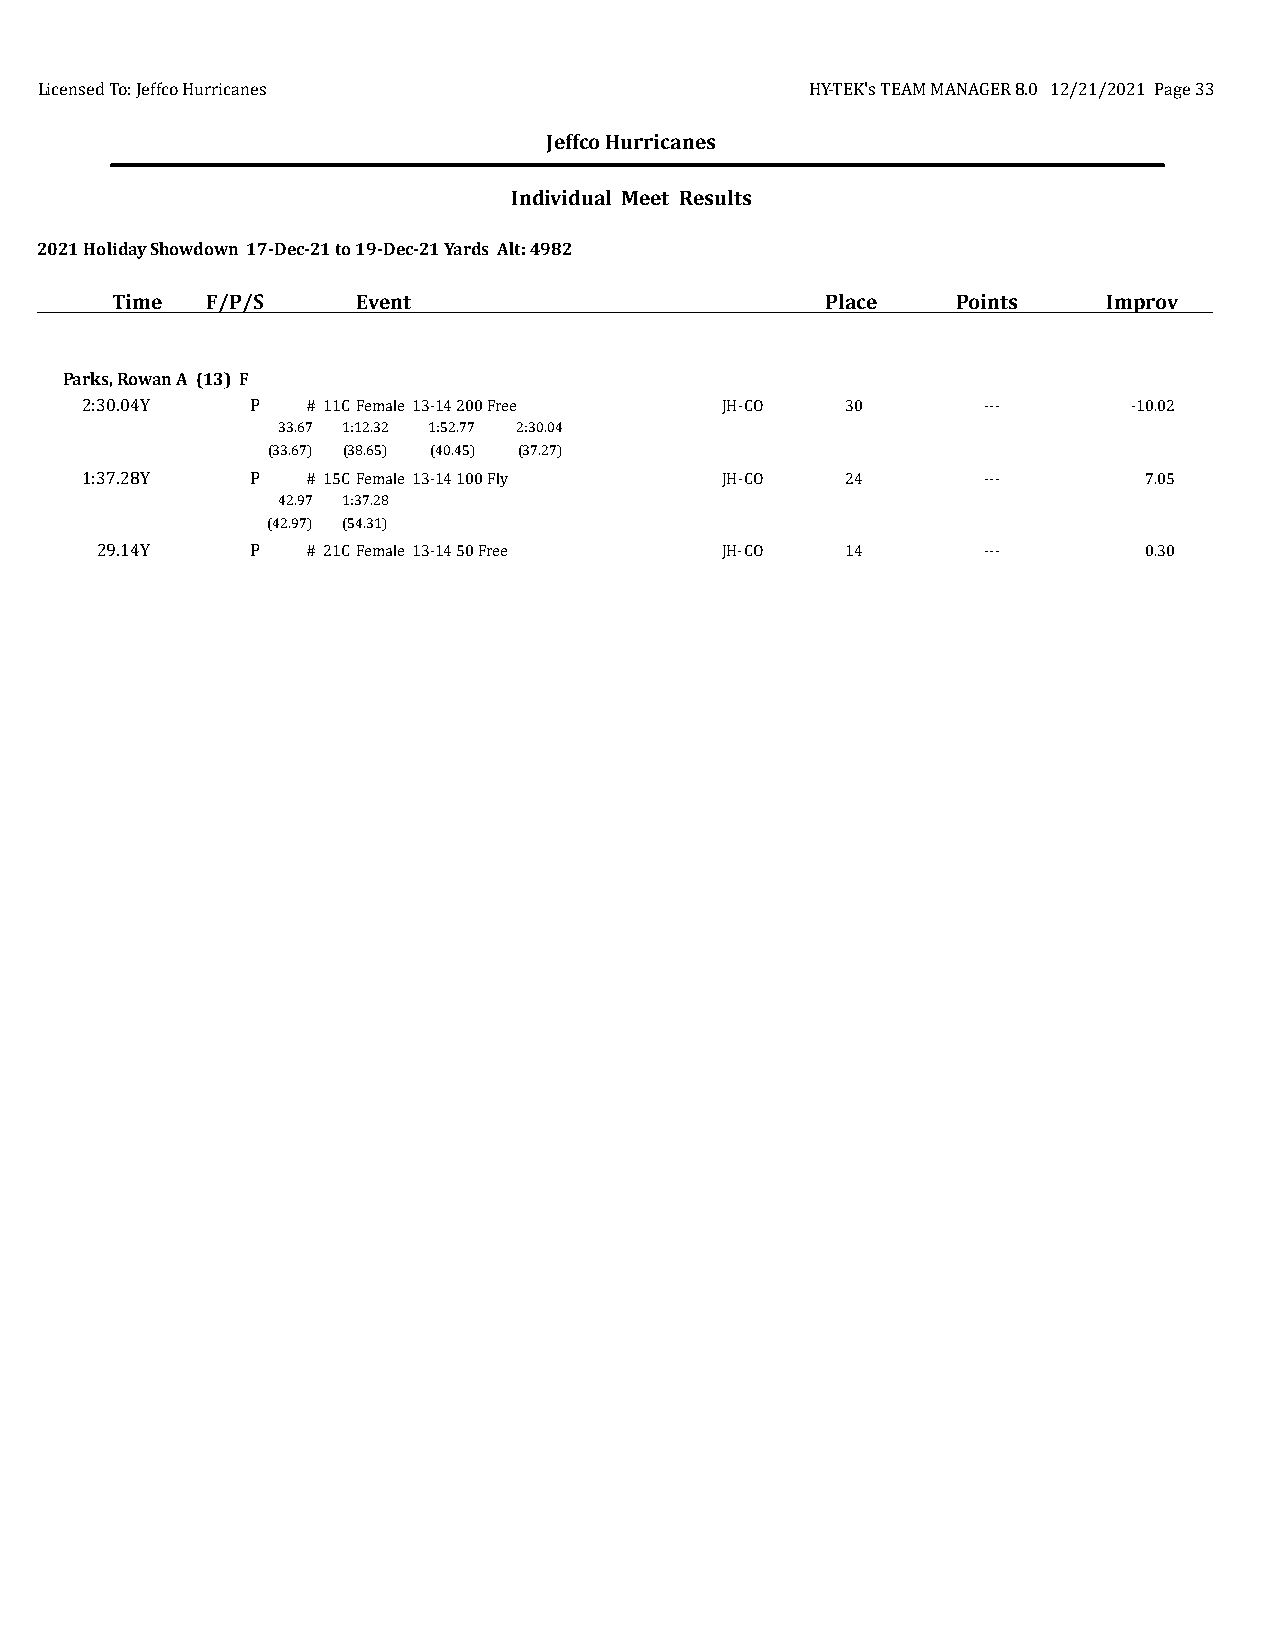
Licensed To: Jeffco Hurricanes                      HY-TEK's TEAM MANAGER 8.0 12/21/2021 Page 33
 Jeffco Hurricanes
 Individual Meet Results
 2021 Holiday Showdown 17-Dec-21 to 19-Dec-21 Yards Alt: 4982
 Time   F/P/S     Event                          Place   Points    Improv
 Parks, Rowan A (13) F
 2:30.04Y    P  # 11CFemale 13-14 200 Free  JH-CO   30       ---       -10.02
 33.67 1:12.32 1:52.77 2:30.04
 (33.67) (38.65) (40.45) (37.27)
 1:37.28Y    P  # 15CFemale 13-14 100 Fly   JH-CO   24       ---        7.05
 42.97 1:37.28
 (42.97) (54.31)
 29.14Y     P  # 21CFemale 13-14 50 Free   JH-CO   14       ---        0.30